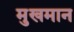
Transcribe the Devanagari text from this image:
मुखमान